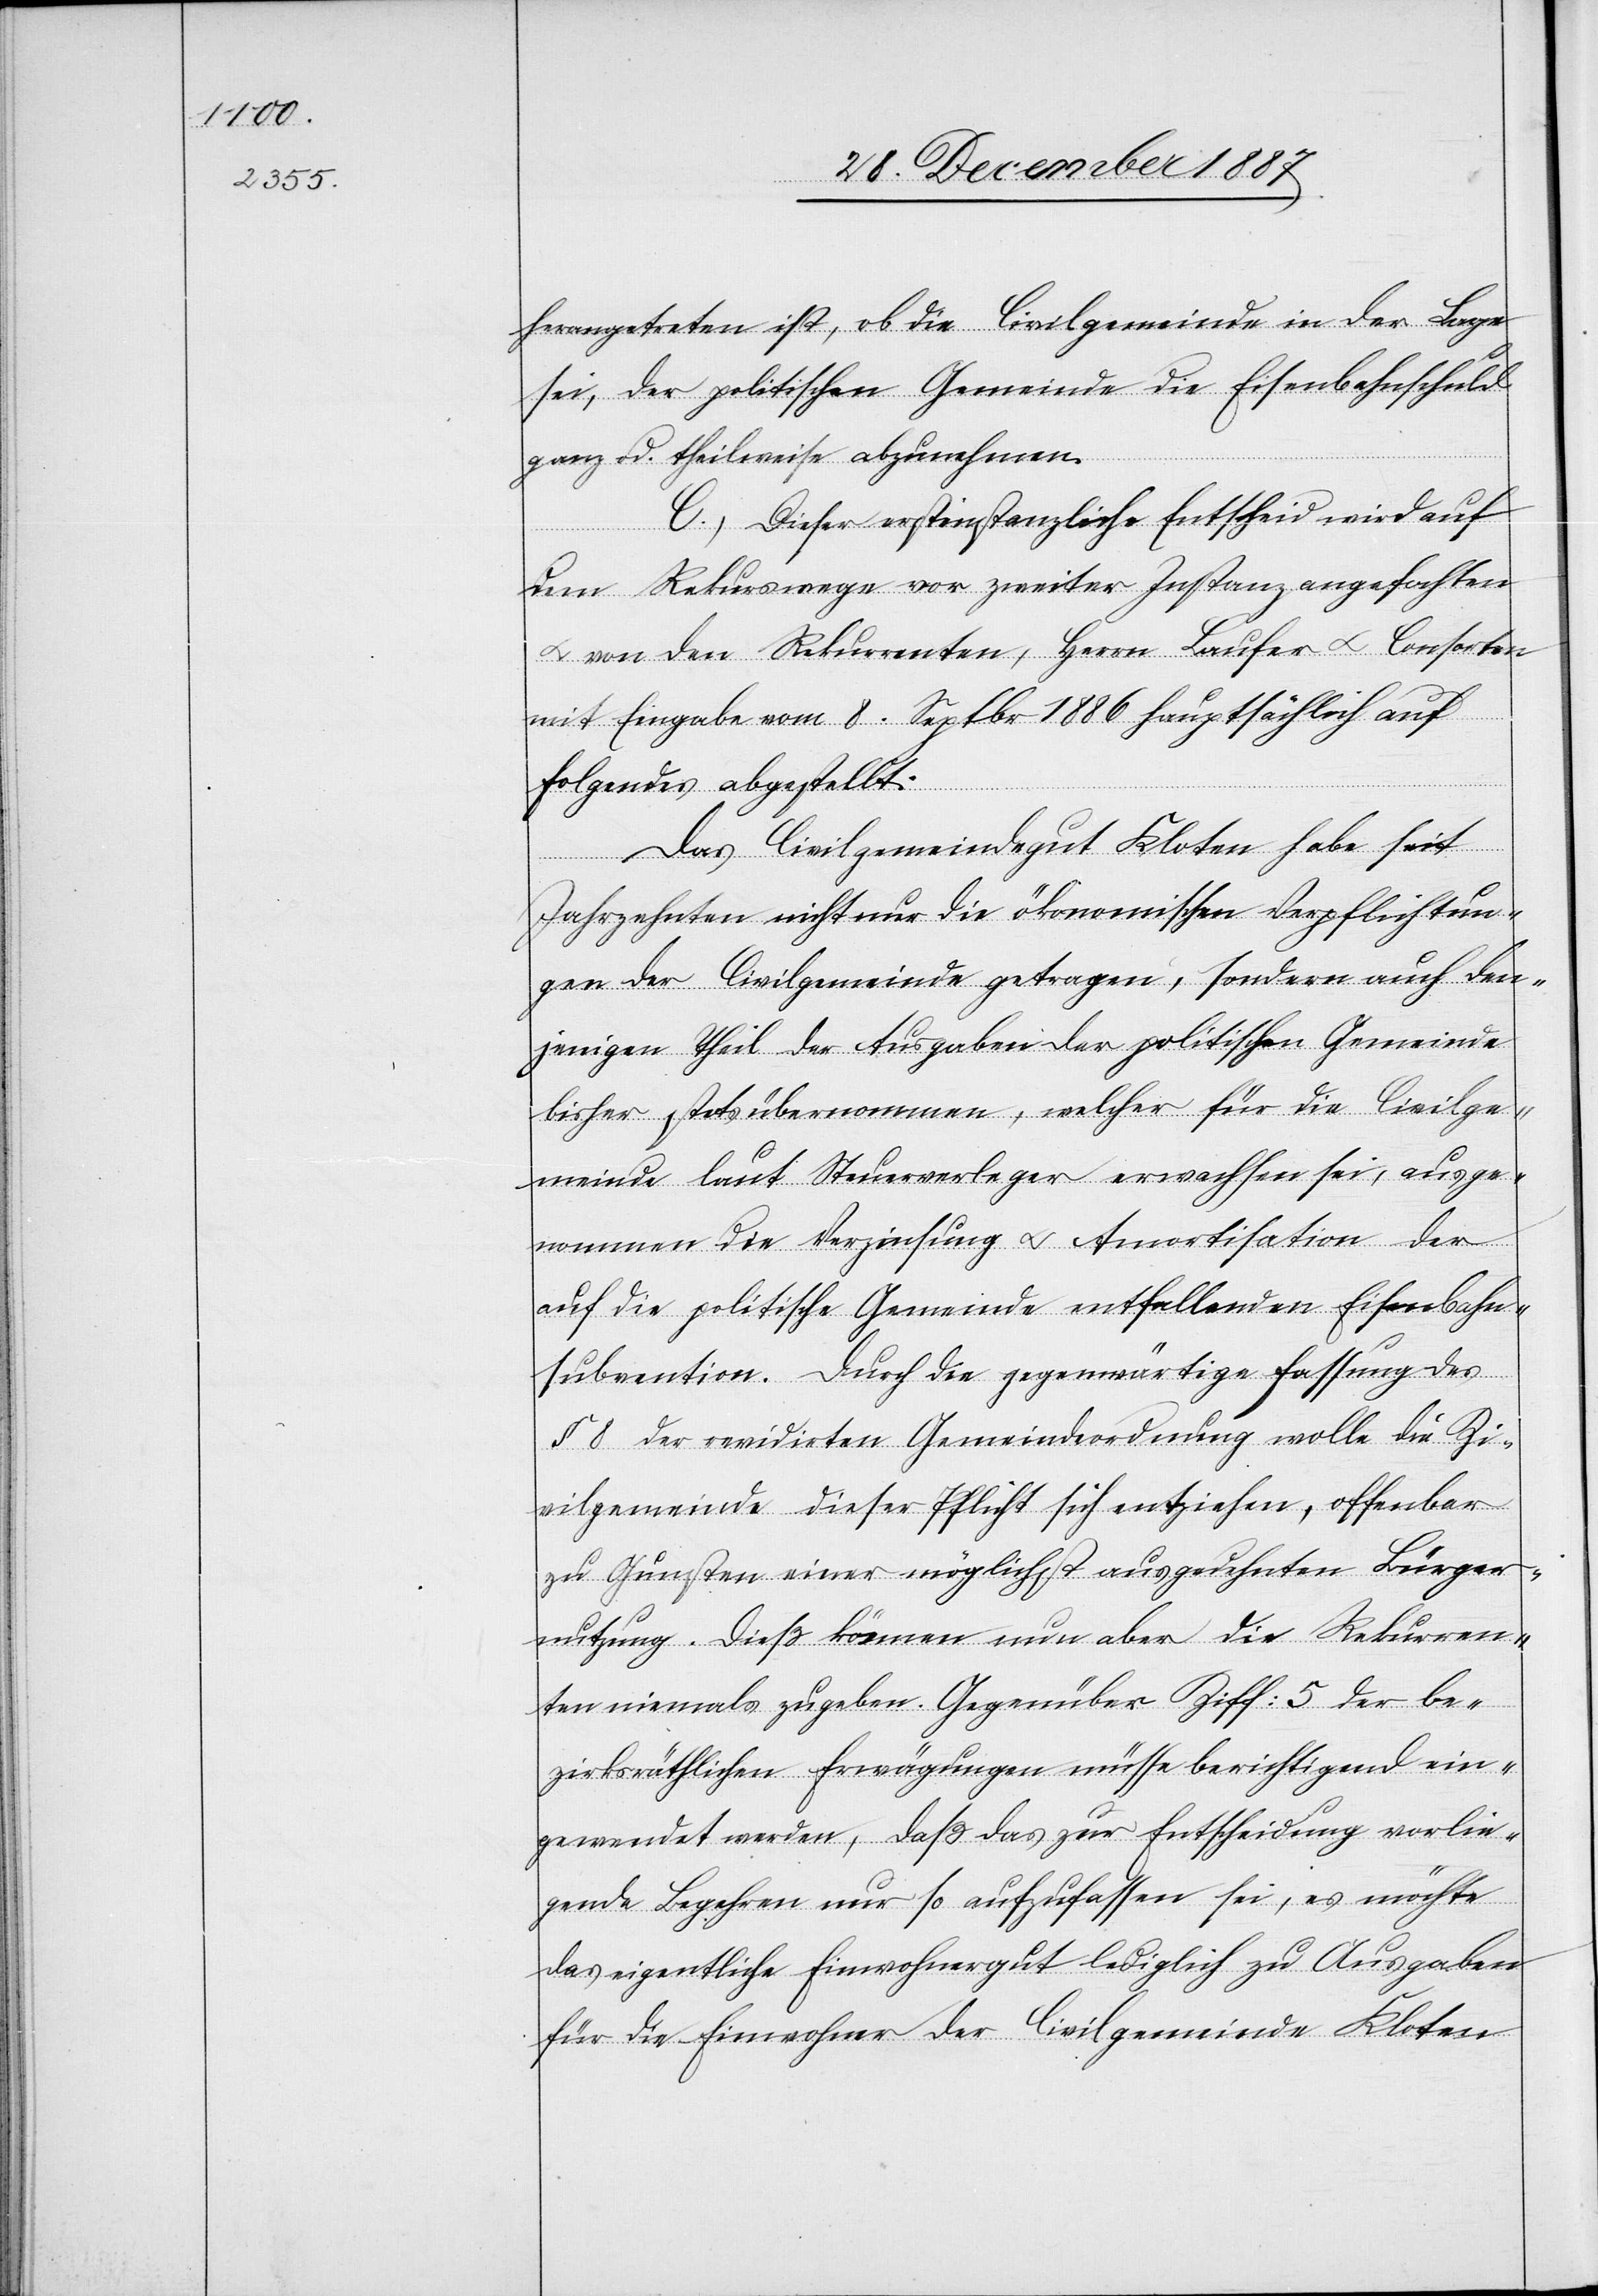
herangetreten ist, ob die Civilgemeinde in der Lage
sei, der politischen Gemeinde die Eisenbahnschuld
ganz od. theilweise abzunehmen.
C.) Dieser erstinstanzliche Entscheid wird auf
dem Rekurswege vor zweiter Instanz angefochten
& von den Rekurrenten, Herrn Laufer & Consorten
mit Eingabe vom 8. Septbr. 1886 hauptsächlich auf
Folgendes abgestellt:
Das Civilgemeindegut Kloten habe seit
Jahrzehnten nicht nur die ökonomischen Verpflichtun¬
gen der Civilgemeinde getragen, sondern auch den¬
jenigen Theil der Ausgaben der politischen Gemeinde
bisher stets übernommen, welcher für die Civilge¬
meinde laut Steuerverleger erwachsen sei, ausge¬
nommen die Verzinsung & Amortisation der
auf die politische Gemeinde entfallenden Eisenbahn¬
subvention. Durch die gegenwärtige Fassung des
§ 8 der revidirten Gemeindeordnung wolle die Zi¬
vilgemeinde dieser Pflicht sich entziehen, offenbar
zu Gunsten einer möglichst ausgedehnten Bürger¬
nutzung. Dieß können nun aber die Rekurren¬
ten niemals zugeben. Gegenüber Ziff: 5 der be¬
zirksräthlichen Erwägungen müsse berichtigend ein¬
gewendet werden, daß das zur Entscheidung vorlie¬
gende Begehren nur so aufzufassen sei, es möchte
das eigentliche Einwohnergut lediglich zu Ausgaben
für die Einwohner der Civilgemeinde Kloten